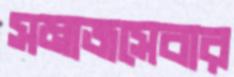
সমাজসেবার